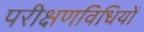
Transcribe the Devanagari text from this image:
परीक्षणविधियों